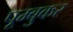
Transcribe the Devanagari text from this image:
पूम्बुकर